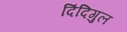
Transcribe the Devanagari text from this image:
दिंदिगुल